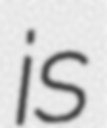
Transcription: is